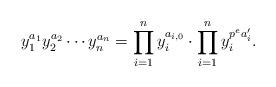
LaTeX: \begin{align*} y_1^{a_1} y_2^{a_2} \cdots y_n^{a_n} = \prod_{i=1}^n y_i^{a_{i,0}} \cdot \prod_{i=1}^n y_i^{p^ea_{i}'}. \end{align*}